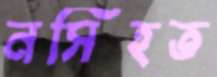
নসিহত